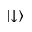
| { \downarrow } \rangle